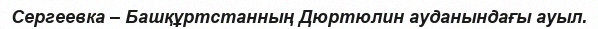
Сергеевка – Башқұртстанның Дюртюлин ауданындағы ауыл.